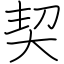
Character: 契